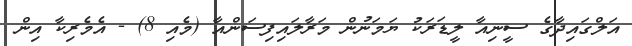
އަލްގައިދާގެ ސީނިއާ ލީޑަރަކު ޔަމަނުން މަރާލައިފިސަންއާ (މެއި 8) - އެމެރިކާ އިން